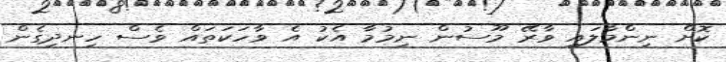
ކޮށް ނިންމާލައި ވާރޭ މޫސުން ނިމުމާ އެކު އެ ވާހަކަތައް ވެސް ހިނދިގެން